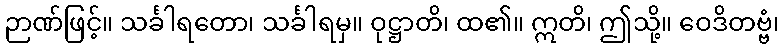
ဉာဏ်ဖြင့်။ သင်္ခါရတော၊ သင်္ခါရမှ။ ဝုဋ္ဌာတိ၊ ထ၏။ ဣတိ၊ ဤသို့။ ဝေဒိတဗ္ဗံ၊